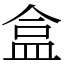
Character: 盒